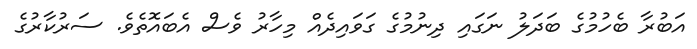
އަބުރާ ބެހުމުގެ ބަދަލު ނަގައި ދިނުމުގެ ގަވައިދެއް މިހާރު ވެސް އެބައޮތެވެ. ސަރުކާރުގެ